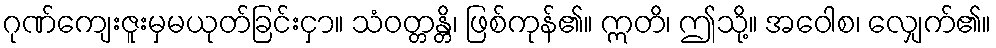
ဂုဏ်ကျေးဇူးမှမယုတ်ခြင်းငှာ။ သံဝတ္တန္တိ၊ ဖြစ်ကုန်၏။ ဣတိ၊ ဤသို့။ အဝေါစ၊ လျှေက်၏။